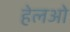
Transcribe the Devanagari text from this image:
हेलओ